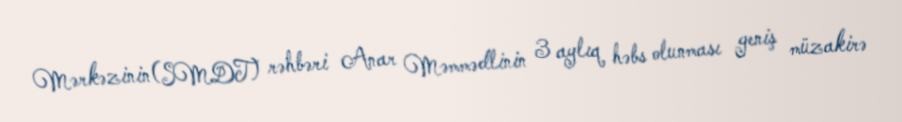
Mərkəzinin(SMDT) rəhbəri Anar Məmmədlinin 3 aylıq həbs olunması geniş müzakirə